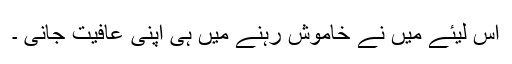
اس لیئے میں نے خاموش رہنے میں ہی اپنی عافیت جانی ۔